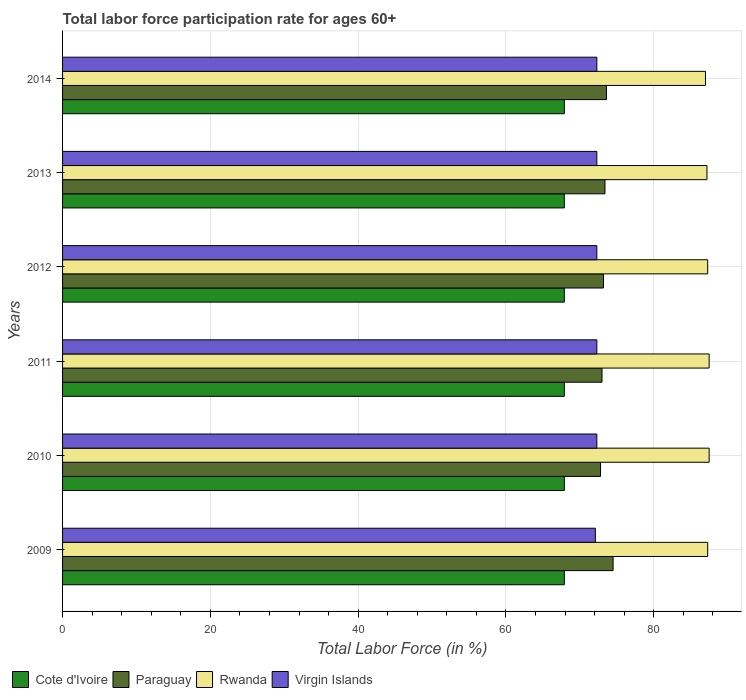
| Years | Cote d'Ivoire | Paraguay | Rwanda | Virgin Islands |
 | --- | --- | --- | --- | --- |
 | 2009 | 67.9 | 74.5 | 87.3 | 72.1 |
 | 2010 | 67.9 | 72.8 | 87.5 | 72.3 |
 | 2011 | 67.9 | 73 | 87.5 | 72.3 |
 | 2012 | 67.9 | 73.2 | 87.3 | 72.3 |
 | 2013 | 67.9 | 73.4 | 87.2 | 72.3 |
 | 2014 | 67.9 | 73.6 | 87 | 72.3 |